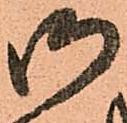
御